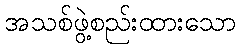
အသစ်ဖွဲ့စည်းထားသော